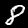
Label: 8